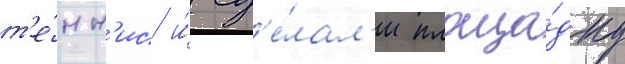
т'е́нн'ис и́ сд'е́лал'и площа́дку